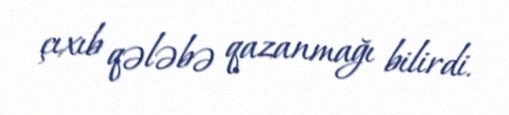
çıxıb qələbə qazanmağı bilirdi.